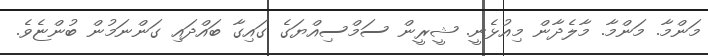
މަންމާ. މަންމާ. މާލެދާން މިއުޅެނީ. ޝީރީން ސަމްސިއްޔަގެ ގައިގާ ބައްދައި ގަންނަމުން ބުންޏެވެ.